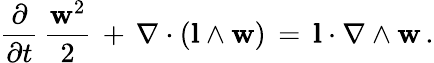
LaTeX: \frac{\partial}{\partial t}\, \frac{{\mathbf w}^{2}}{2}\, +\, \nabla\cdot({\mathbf l}\wedge{\mathbf w})\, =\, {\mathbf l}\cdot\nabla\wedge{\mathbf w}\, .